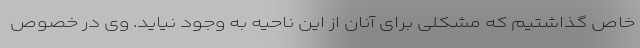
خاص گذاشتیم که مشکلی برای آنان از این ناحیه به وجود نیاید. وی در خصوص